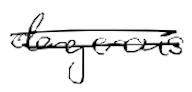
Text: dangerous
Cross-out: mix
Writing tool: digital_black